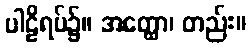
ပါဠိရပ်၌။ အတ္ထော၊ တည်း။